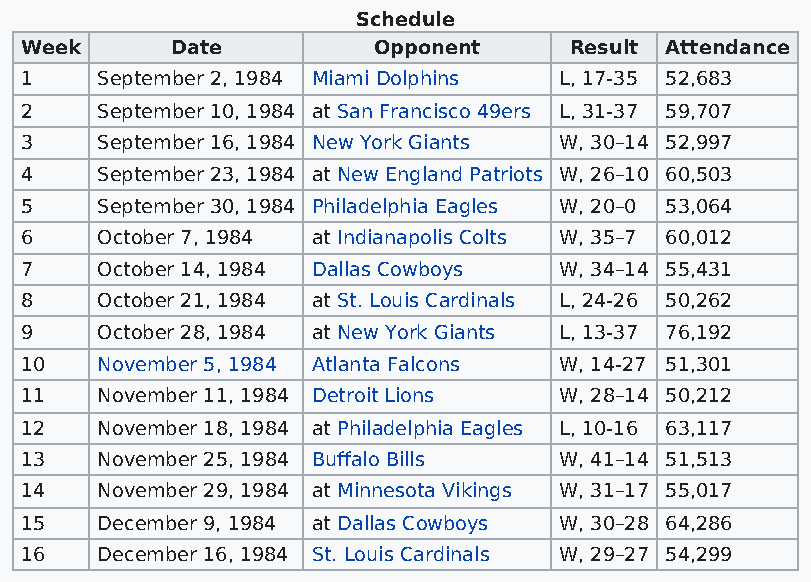
Schedule
 Week      Date          Opponent     Result Attendance
 1    September 2, 1984 Miami Dolphins L, 17-35 52,683
 2    September 10, 1984 at San Francisco 49ers L, 31-37 59,707
 3    September 16, 1984 New York Giants W, 30–14 52,997
 4    September 23, 1984 at New England Patriots W, 26–10 60,503
 5    September 30, 1984 Philadelphia Eagles W, 20–0 53,064
 6    October 7, 1984 at Indianapolis Colts W, 35–7 60,012
 7    October 14, 1984 Dallas Cowboys W, 34–14 55,431
 8    October 21, 1984 at St. Louis Cardinals L, 24-26 50,262
 9    October 28, 1984 at New York Giants L, 13-37 76,192
 10   November 5, 1984 Atlanta Falcons W, 14-27 51,301
 11   November 11, 1984 Detroit Lions W, 28–14 50,212
 12   November 18, 1984 at Philadelphia Eagles L, 10-16 63,117
 13   November 25, 1984 Buffalo Bills W, 41–14 51,513
 14   November 29, 1984 at Minnesota Vikings W, 31–17 55,017
 15   December 9, 1984 at Dallas Cowboys W, 30–28 64,286
 16   December 16, 1984 St. Louis Cardinals W, 29–27 54,299